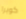
كوبرا